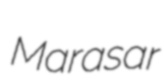
Marasar